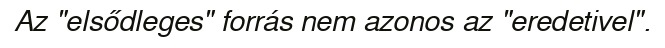
Az "elsődleges" forrás nem azonos az "eredetivel".